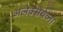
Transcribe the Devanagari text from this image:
अलेक्सेयेव्ना